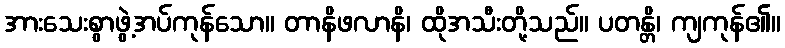
အားသေးစွာဖွဲ့အပ်ကုန်သော။ တာနိဖလာနိ၊ ထိုအသီးတို့သည်။ ပတန္တိ၊ ကျကုန်၏။